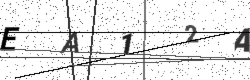
Text: EA12A